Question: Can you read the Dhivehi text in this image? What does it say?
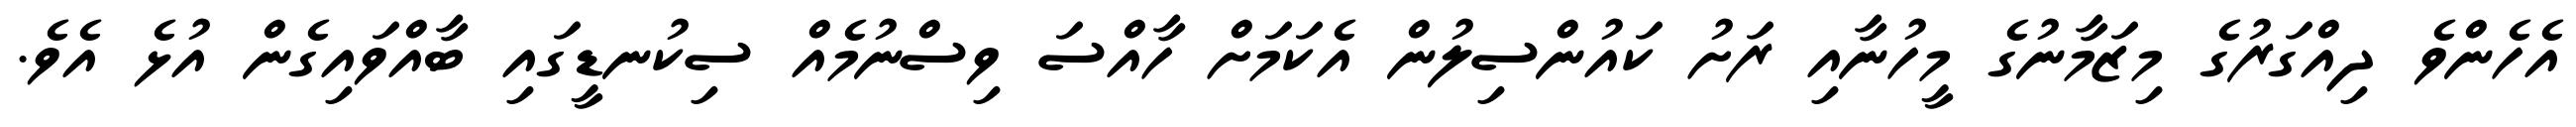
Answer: އެހެންވެ ދިއްގަރުގެ މިޒަމާނުގެ މީހުނާއި ރަށު ކައުންސިލުން އެކަމަށް ހާއްސަ ވިސްނުމެއް ސިކުނޑީގައި ބާއްވައިގެން އުޅެ އެވެ.